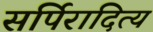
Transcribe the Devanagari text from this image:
सर्पिरादित्य